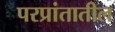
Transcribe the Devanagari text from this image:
परप्रांतातील